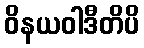
ဝိနယဝါဒီတိပိ